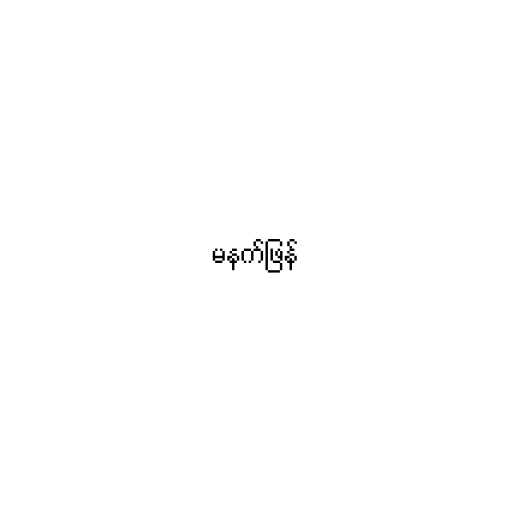
မနက်ဖြန်